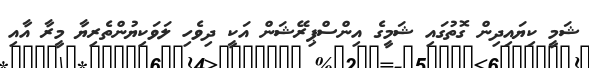
ޝަމީ ކިޔައިދިން ގޮތުގައި ޝަމީގެ އިންސްޕިރޭޝަން އަކީ ދިވެހި ލަވަކިޔުންތެރިޔާ މީރާ އާއި